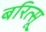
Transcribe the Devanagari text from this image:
बरित्सू